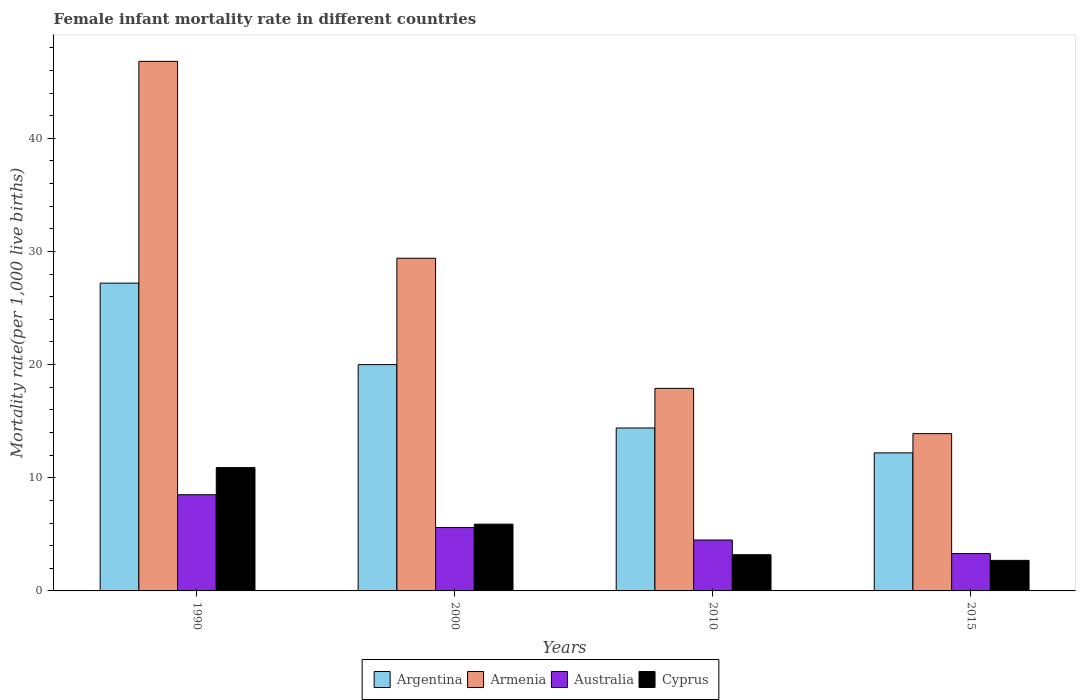
| Years | Argentina | Armenia | Australia | Cyprus |
 | --- | --- | --- | --- | --- |
 | 1990 | 27.2 | 46.8 | 8.5 | 10.9 |
 | 2000 | 20 | 29.4 | 5.6 | 5.9 |
 | 2010 | 14.4 | 17.9 | 4.5 | 3.2 |
 | 2015 | 12.2 | 13.9 | 3.3 | 2.7 |